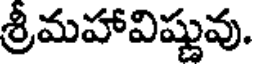
శ్రీమహావిష్ణువు.